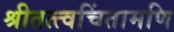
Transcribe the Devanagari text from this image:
श्रीतत्त्वचिंतामणि